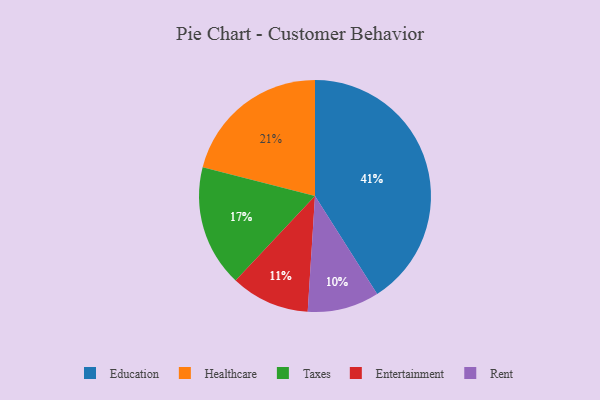
{"axis": {"x": "Category", "y": "Percentage"}, "legend": ["Education", "Entertainment", "Healthcare", "Rent", "Taxes"], "data": [{"x": "Entertainment", "y": 11, "type": "Entertainment"}, {"x": "Taxes", "y": 17, "type": "Taxes"}, {"x": "Healthcare", "y": 21, "type": "Healthcare"}, {"x": "Rent", "y": 10, "type": "Rent"}, {"x": "Education", "y": 41, "type": "Education"}]}